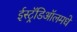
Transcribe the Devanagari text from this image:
ईस्ट्रॅडिऑलमधे